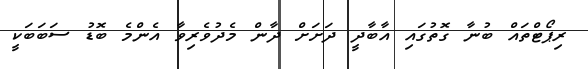
ރިޕޯޓްތައް ބުނާ ގޮތުގައި އާބާދީ ދަށަށް ދާން މެދުވެރިވާ އެންމެ ބޮޑު ސަބަބަކީ